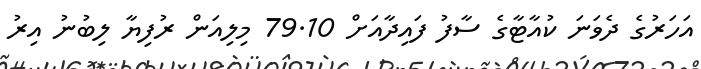
އަހަރުގެ ދެވަނަ ކުއާޓާގެ ސާފު ފައިދާއަށް 79.10 މިލިއަން ރުފިޔާ ލިބުނު އިރު